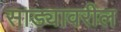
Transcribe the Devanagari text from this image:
साड्यावरील